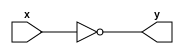
module clock(y,x);
input x;
output y;
not n1(y,x);
endmodule